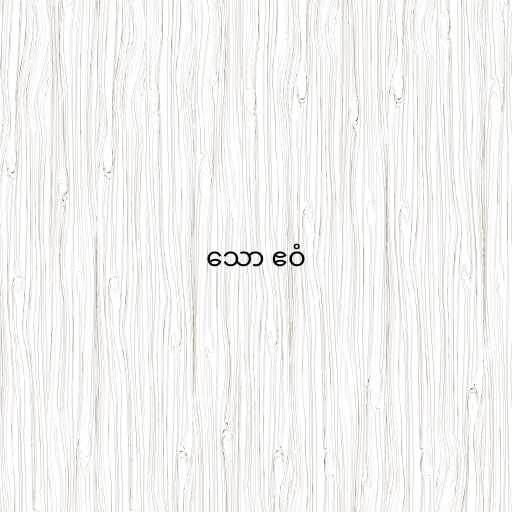
သော ဧဝံ